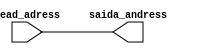
module instruction_memory(read_adress, saida_andress);
	input [31:0] read_adress;
	output [31:0]saida_andress;
	
	assign saida_andress = read_adress;
	
endmodule